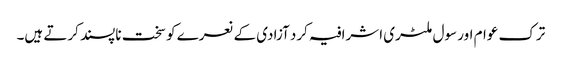
ترک عوام اور سول ملٹری اشرافیہ کرد آزادی کے نعرے کو سخت ناپسند کرتے ہیں۔